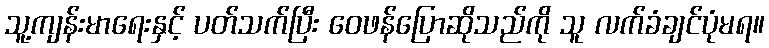
သူ့ကျန်းမာရေးနှင့် ပတ်သက်ပြီး ဝေဖန်ပြောဆိုသည်ကို သူ လက်ခံချင်ပုံမရ။